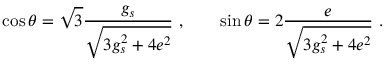
\cos \theta = \sqrt { 3 } \frac { g _ { s } } { \sqrt { 3 g _ { s } ^ { 2 } + 4 e ^ { 2 } } } \ , \qquad \sin \theta = 2 \frac { e } { \sqrt { 3 g _ { s } ^ { 2 } + 4 e ^ { 2 } } } \ .